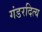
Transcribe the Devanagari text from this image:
गंडरदित्य